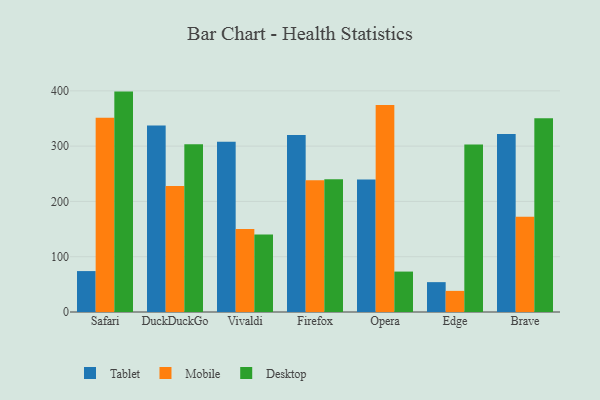
{"axis": {"x": "Browser", "y": "Revenue (USD Million)"}, "legend": ["Desktop", "Mobile", "Tablet"], "data": [{"x": "Safari", "y": 74.0, "type": "Tablet"}, {"x": "Safari", "y": 351.5, "type": "Mobile"}, {"x": "Safari", "y": 398.6, "type": "Desktop"}, {"x": "DuckDuckGo", "y": 337.4, "type": "Tablet"}, {"x": "DuckDuckGo", "y": 227.8, "type": "Mobile"}, {"x": "DuckDuckGo", "y": 303.3, "type": "Desktop"}, {"x": "Vivaldi", "y": 307.7, "type": "Tablet"}, {"x": "Vivaldi", "y": 150.1, "type": "Mobile"}, {"x": "Vivaldi", "y": 140.2, "type": "Desktop"}, {"x": "Firefox", "y": 320.2, "type": "Tablet"}, {"x": "Firefox", "y": 238.3, "type": "Mobile"}, {"x": "Firefox", "y": 240.0, "type": "Desktop"}, {"x": "Opera", "y": 239.6, "type": "Tablet"}, {"x": "Opera", "y": 374.5, "type": "Mobile"}, {"x": "Opera", "y": 73.1, "type": "Desktop"}, {"x": "Edge", "y": 54.0, "type": "Tablet"}, {"x": "Edge", "y": 38.2, "type": "Mobile"}, {"x": "Edge", "y": 302.8, "type": "Desktop"}, {"x": "Brave", "y": 322.1, "type": "Tablet"}, {"x": "Brave", "y": 172.4, "type": "Mobile"}, {"x": "Brave", "y": 350.5, "type": "Desktop"}]}